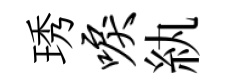
琇唳紈